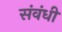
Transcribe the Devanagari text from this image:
संवंधी